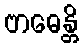
ဗာဓေန္တိ